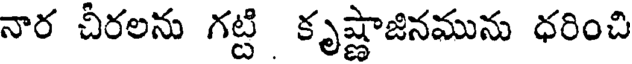
నార చీరలను గట్టి కృష్ణాజినమును ధరించి